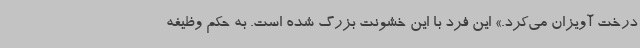
درخت آویزان می‌کرد.» این فرد با این خشونت بزرگ شده است. به حکم وظیفه